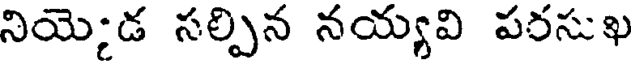
నియెైడ సల్పిన నయ్యవి పరసుఖ